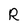
Character: R